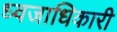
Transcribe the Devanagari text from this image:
ध्वजाधिकारी